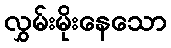
လွှမ်းမိုးနေသော